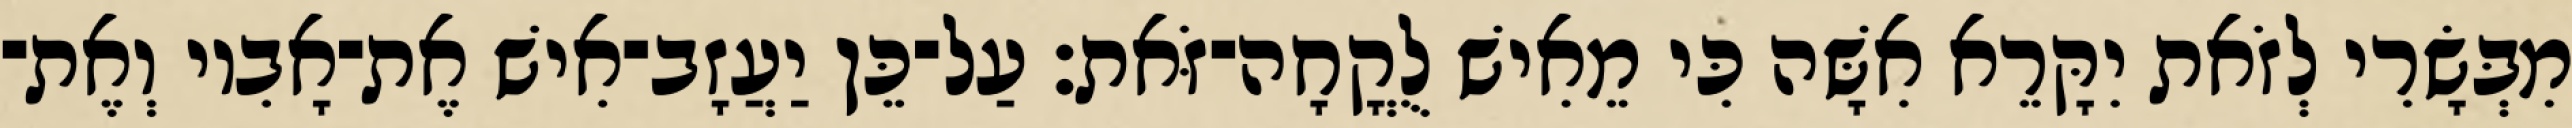
מִבְּשָׂרִי לְזֹאת יִקָּרֵא אִשָּׁה כִּי מֵאִישׁ לֻקֳחָה־זֹּאת׃ עַל־כֵּן יַעֲזָב־אִישׁ אֶת־אָבִיו וְאֶת־